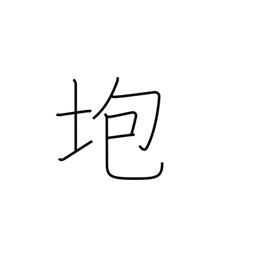
Meaning: collapse